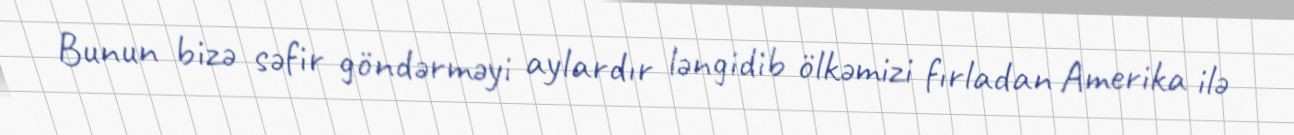
Bunun bizə səfir göndərməyi aylardır ləngidib ölkəmizi fırladan Amerika ilə